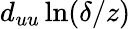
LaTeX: d_{uu}\ln(\delta/z)